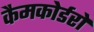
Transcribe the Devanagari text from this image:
कैमकोर्डरों